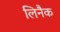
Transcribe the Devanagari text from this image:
लिनैक